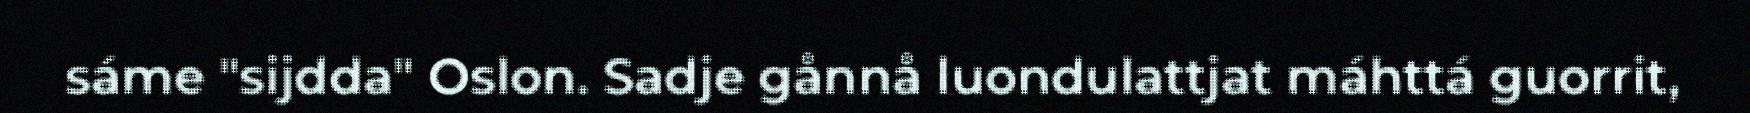
sáme "sijdda" Oslon. Sadje gånnå luondulattjat máhttá guorrit,